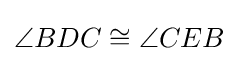
\angle BDC\cong \angle CEB